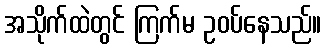
အသိုက်ထဲတွင် ကြက်မ ဥဝပ်နေသည်။